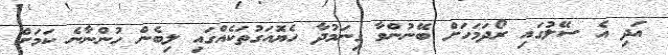
އަދި އެ ސޭލުގައި ރޯދަމަހަށް ބޭނުންވާ ގިނަމުދާ ހެޔޮއަގުތަކެއްގައި ލިބެން ހުންނާނެ ކަމަށް